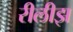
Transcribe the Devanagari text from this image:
रीलीझ